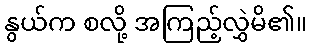
နွယ်က စလို့ အကြည့်လွှဲမိ၏။